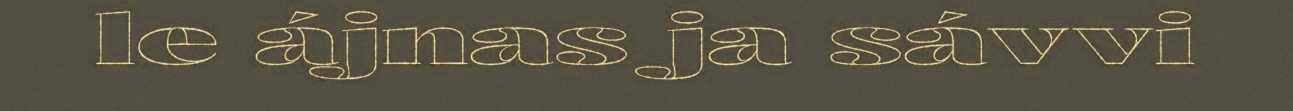
le ájnas ja sávvi